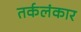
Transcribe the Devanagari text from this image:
तर्कलंकार